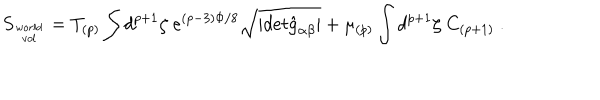
LaTeX: S _ { w o r l d \atop v o l } = T _ { ( p ) } \int d ^ { p + 1 } \zeta \ e ^ { ( p - 3 ) \Phi / 8 } \sqrt { \vert d e t { \hat { g } } _ { \alpha \beta } \vert } + \mu _ { ( p ) } \int d ^ { p + 1 } \zeta \ C _ { ( p + 1 ) } \ .